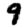
Digit: 9